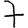
Digit: 7